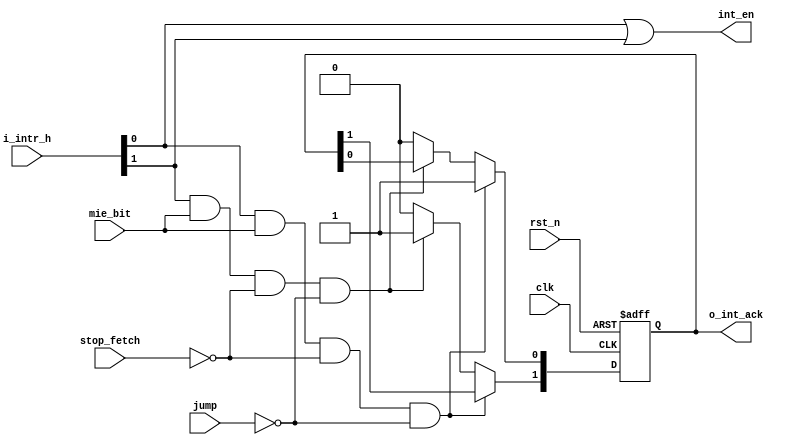
// Company           :   tud                      
//                    			
// Project Name      :   prz    
// Subproject Name   :   main    
// Description       :   Interrupt control for acknowledgement          
//
// Last Change       :   $Date: 2021-03-11 17:39:50 +0100 (Thu, 11 Mar 2021) $
// by                :   $Author: vepr19 $                  			
//------------------------------------------------------------
`timescale 1ns/10ps
module interrupt_ctrl (
			input clk,
			input rst_n,
		        input [1:0]i_intr_h,
		        input mie_bit,
		        output  int_en,
			output reg [1:0]o_int_ack,
			input  stop_fetch,
			input jump
);



	assign int_en = (i_intr_h[0] || i_intr_h[1]) ;

	always@(posedge clk,negedge rst_n) begin

	if(!rst_n)
		o_int_ack <= 2'b00;
	else if(i_intr_h[0] && mie_bit && !stop_fetch && !jump)
		o_int_ack[0] <=1'b1;
	else if (i_intr_h[1] && mie_bit && !stop_fetch && !jump)
		o_int_ack[1] <=1'b1;
	else
		o_int_ack <= 2'b00;	

	end

endmodule